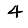
Digit: 4